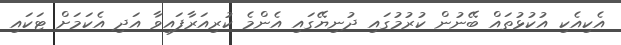
އެކިއެކި އުކުޅުތައް ބޭނުން ކުރުމުގައި ދުނިޔޭގައި އެންމެ ކުރިއަރާފައިވާ އަދި އެކަމަށް ޓަކައި